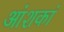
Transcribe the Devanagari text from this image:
आंशकां